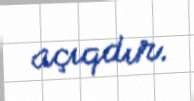
açıqdır.